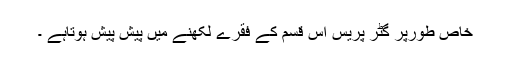
خاص طورپر گٹر پریس اس قسم کے فقرے لکھنے میں پیش پیش ہوتاہے ۔